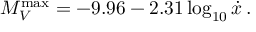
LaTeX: \ M _ { V } ^ { \operatorname* { m a x } } = - 9 . 9 6 - 2 . 3 1 \log _ { 1 0 } { \dot { x } } \, .